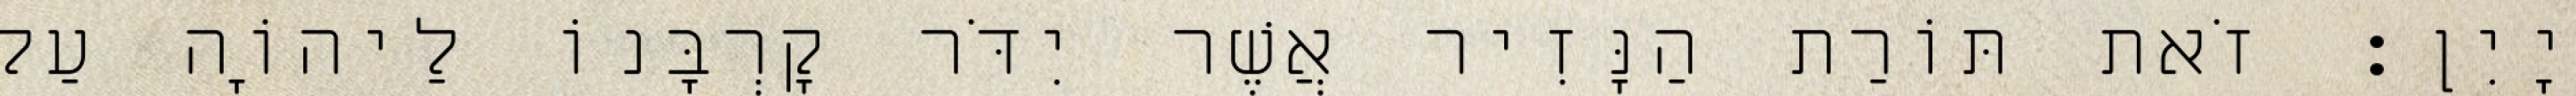
יָיִן׃ זֹאת תּוֹרַת הַנָּזִיר אֲשֶׁר יִדֹּר קָרְבָּנוֹ לַיהוָֹה עַל